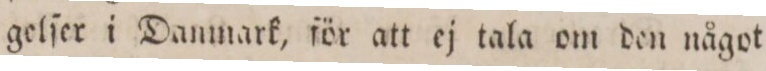
gelſer i Danmark, för att ej tala om den något